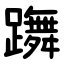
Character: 躌